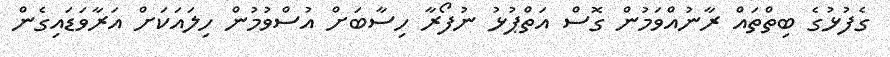
ގެފުޅުގެ ބިތްތައް ރާނުއްވަމުން ގޮސް އަތްޕުޅު ނުފޯރާ ހިސާބަށް އުސްވުމުން ހިލައަކަށް އަރާވަޑައިގެން